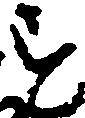
す